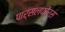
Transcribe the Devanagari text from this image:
पार्सलफोर्स